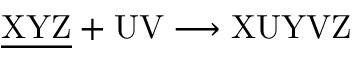
\mathrm { \underline { { X Y Z } } + U V \longrightarrow X U Y V Z }